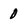
Character: 0